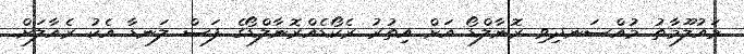
މައުލޫމާތު މުއްސަނދިވި ރޮނާލްޑޯ އަށް އިތުރު ރެކޯޑެއްރޮނާލްޑޯގެ ފަސް ލަނޑާ އެކު ރެއާލަށް